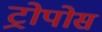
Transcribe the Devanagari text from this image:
ट्रोपोस